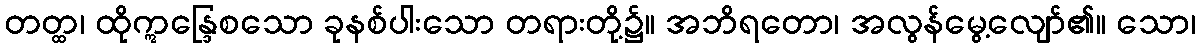
တတ္ထ၊ ထိုဣန္ဒြေစသော ခုနစ်ပါးသော တရားတို့၌။ အဘိရတော၊ အလွန်မွေ့လျော်၏။ သော၊